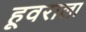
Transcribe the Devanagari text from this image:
हूवराला